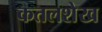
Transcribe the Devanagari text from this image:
कतलशेख